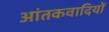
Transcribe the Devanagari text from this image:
आंतकवादियों